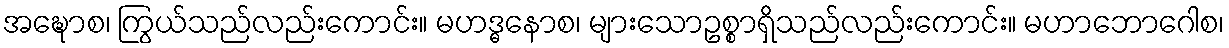
အဍ္ဎောစ၊ ကြွယ်သည်လည်းကောင်း။ မဟဒ္ဓနောစ၊ များသောဥစ္စာရှိသည်လည်းကောင်း။ မဟာဘောဂေါစ၊